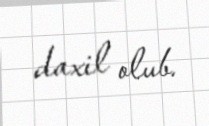
daxil olub.